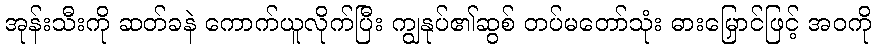
အုန်းသီးကို ဆတ်ခနဲ ကောက်ယူလိုက်ပြီး ကျွနုပ်၏ဆွစ် တပ်မတော်သုံး ဓားမြှောင်ဖြင့် အဝကို